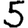
Digit: 5